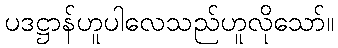
ပဒဋ္ဌာန်ဟူပါလေသည်ဟူလိုသော်။